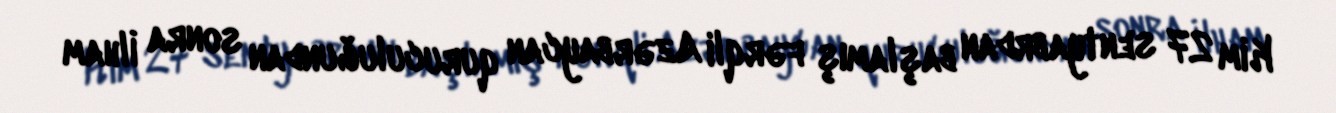
Kim 27 sentyabrdan başlamış fərqli Azərbaycan quruculuğundan sonra İlham